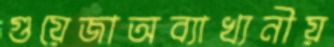
গুয়েজাঅব্যাখ্যনীয়